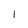
Character: l